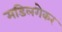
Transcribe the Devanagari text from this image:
मडिलगेकर